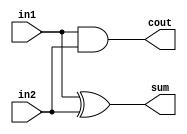
module halfadder(in1, in2, sum, cout);
	input wire in1, in2;
	output wire sum, cout;
	assign sum = in1 ^ in2;
	assign cout = in1 & in2;
endmodule